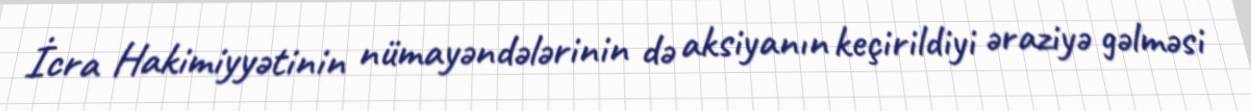
İcra Hakimiyyətinin nümayəndələrinin də aksiyanın keçirildiyi əraziyə gəlməsi